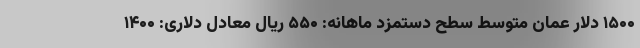
۱۵۰۰ دلار عمان متوسط سطح دستمزد ماهانه: ۵۵۰ ریال معادل دلاری: ۱۴۰۰